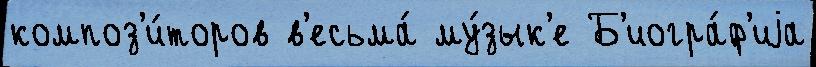
композ'и́торов в'есьма́ му́зык'е Б'иогра́ф'иjа